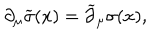
LaTeX: \partial _ { \mu } \widetilde \sigma ( x ) = \widetilde \partial _ { \mu } \sigma ( x ) ,